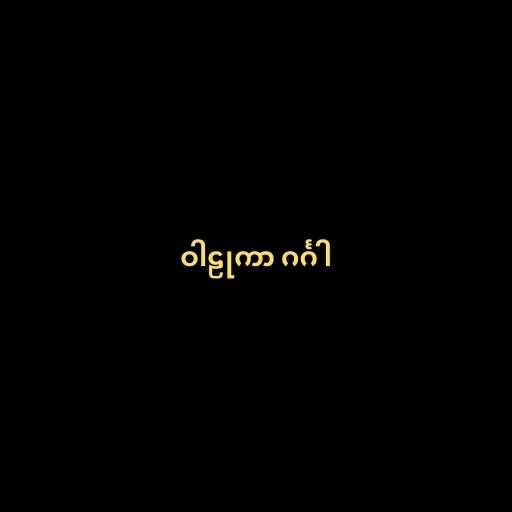
ဝါဠုကာ ဂင်္ဂါ